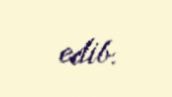
edib.